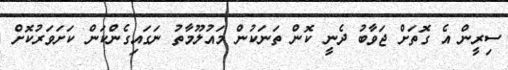
ސިރީން އެ ގޮތަށް ޖަވާބު ދެނީ ކޮން ތަނަކުން މައުލޫމާތު ނަގައިގެންކަން ކަށަވަރުކޮށް